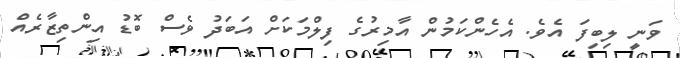
ވަނީ ލިބިފަ އެވެ. އެހެންކަމުން އާމިރުގެ ފިލްމަކަށް އަބަދު ވެސް ބޮޑު އިންތިޒާރެއް